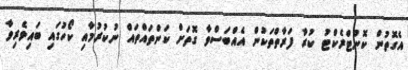
އެގޮތުން ކޮންޓްރެކްޓު ކުރާ ފަރާތްތަކުން އެއްބަސްވާ ގޮތަށް ކަންތައްތައް ނުކުރުމާއި ކޯހުގައި ބައިވެރިވާ